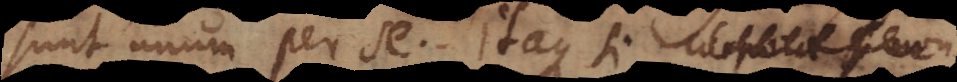
sunt unum per se. Itaque si